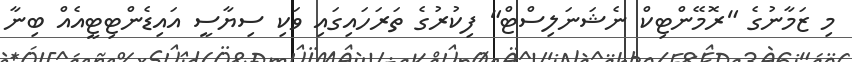
މި ޒަމާނުގެ "ރޮމޭންޓިކް ނެޝަނަލިސްޓް" ފިކުރުގެ ތަރަހައިގައި ވަކި ސިޔާސީ އައިޑެންޓިޓީއެއް ބިނާ